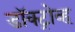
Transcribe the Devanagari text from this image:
डॉक्ट्रोव्ह